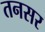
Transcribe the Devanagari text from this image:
तनसर